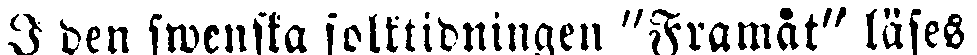
I den swenska folktidningen "Framåt" läses: